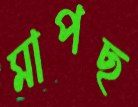
মাপছ